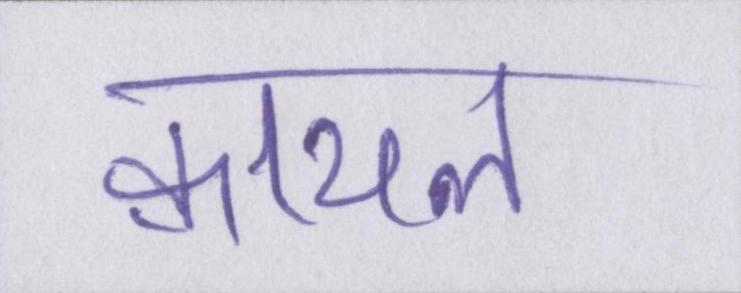
क़ायल